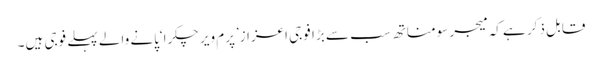
قابل ذکر ہے کہ میجر سومناتھ سب سے بڑا فوجی اعزاز’پرم ویر چکرا‘پانے والے پہلے فوجی ہیں۔